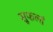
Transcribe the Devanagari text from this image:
सुफलां